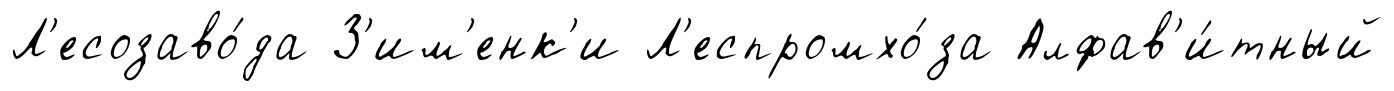
Л'есозаво́да З'им'енк'и Л'еспромхо́за Алфав'и́тный